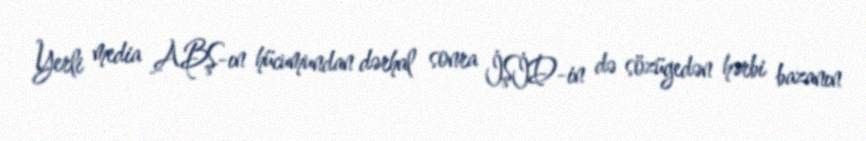
Yerli media ABŞ-ın hücumundan dərhal sonra İŞİD-in də sözügedən hərbi bazanın